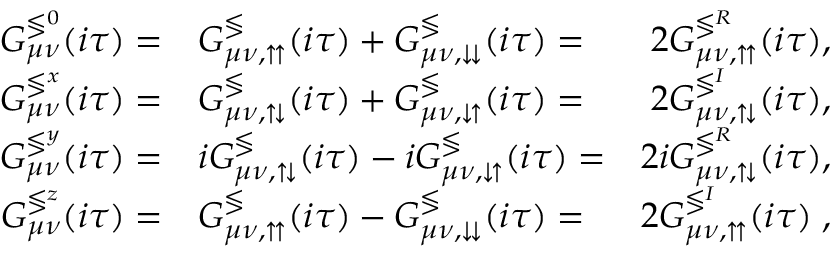
\begin{array} { r l r } { G _ { \mu \nu } ^ { \lessgtr ^ { 0 } } ( i \tau ) = } & { G _ { \mu \nu , \upuparrows } ^ { \lessgtr } ( i \tau ) + G _ { \mu \nu , \downdownarrows } ^ { \lessgtr } ( i \tau ) = } & { 2 G _ { \mu \nu , \upuparrows } ^ { \lessgtr ^ { R } } ( i \tau ) , } \\ { G _ { \mu \nu } ^ { \lessgtr ^ { x } } ( i \tau ) = } & { G _ { \mu \nu , \updownarrows } ^ { \lessgtr } ( i \tau ) + G _ { \mu \nu , \downuparrows } ^ { \lessgtr } ( i \tau ) = } & { 2 G _ { \mu \nu , \updownarrows } ^ { \lessgtr ^ { I } } ( i \tau ) , } \\ { G _ { \mu \nu } ^ { \lessgtr ^ { y } } ( i \tau ) = } & { i G _ { \mu \nu , \updownarrows } ^ { \lessgtr } ( i \tau ) - i G _ { \mu \nu , \downuparrows } ^ { \lessgtr } ( i \tau ) = } & { 2 i G _ { \mu \nu , \updownarrows } ^ { \lessgtr ^ { R } } ( i \tau ) , } \\ { G _ { \mu \nu } ^ { \lessgtr ^ { z } } ( i \tau ) = } & { G _ { \mu \nu , \upuparrows } ^ { \lessgtr } ( i \tau ) - G _ { \mu \nu , \downdownarrows } ^ { \lessgtr } ( i \tau ) = } & { 2 G _ { \mu \nu , \upuparrows } ^ { \lessgtr ^ { I } } ( i \tau ) \; , } \end{array}